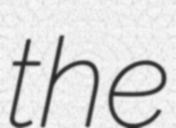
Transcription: the